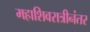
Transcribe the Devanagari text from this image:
महाशिवरात्रीनंतर